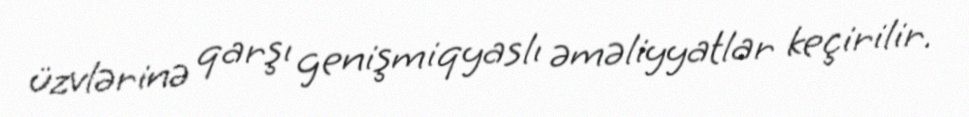
üzvlərinə qarşı genişmiqyaslı əməliyyatlar keçirilir.